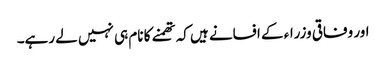
اور وفاقی وزراء کے افسانے ہیں کہ تھمنے کا نام ہی نہیں لے رہے۔